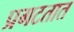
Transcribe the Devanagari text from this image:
प्रगटतात